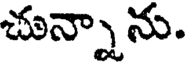
చున్నాను.